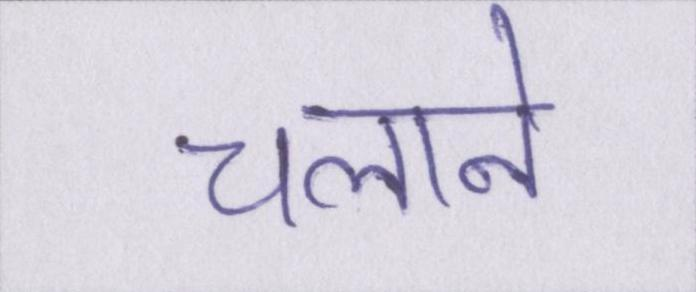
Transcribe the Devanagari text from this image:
चलाने